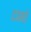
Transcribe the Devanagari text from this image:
दामो